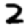
Digit: 2